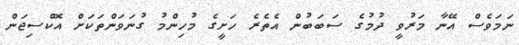
ނަމަވެސް އޭނާ މަރުވީ ދުމުގެ ސަބަބުން އެތެރެ ހަށީގެ މުހިންމު ގުނަވަންތަކަށް އޮކްސިޖަން